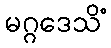
မဂ္ဂဒေသိံ